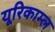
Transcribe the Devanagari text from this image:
यूरिकाम्ल